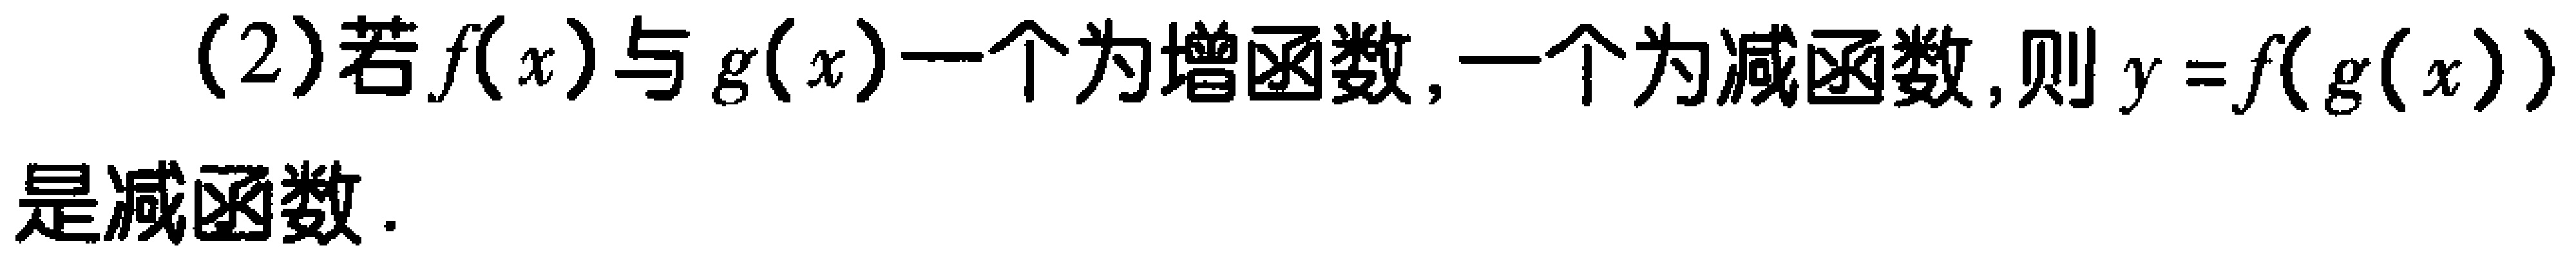
(2)若\(f(x)\)与\(g(x)\)一个为增函数,一个为减函数,则\(y = f(g(x))\)是减函数.